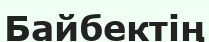
Байбектің